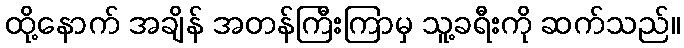
ထို့နောက် အချိန် အတန်ကြီးကြာမှ သူ့ခရီးကို ဆက်သည်။